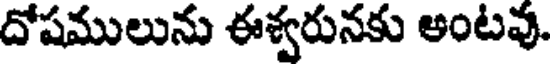
దోషములును ఈశ్వరునకు అంటవు.